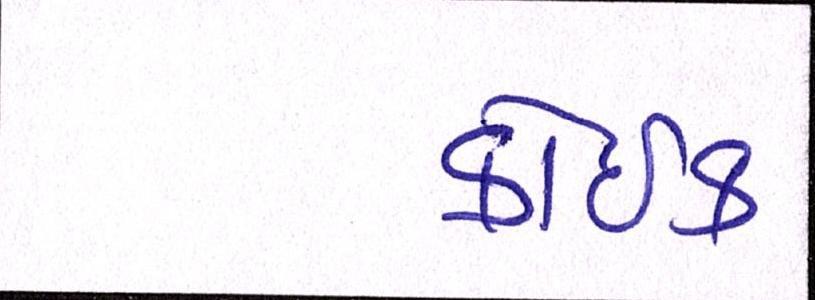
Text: કોઈક